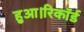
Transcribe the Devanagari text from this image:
हुआ।रिकॉर्ड